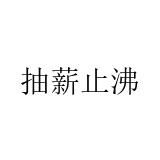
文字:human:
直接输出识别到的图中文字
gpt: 抽薪止沸